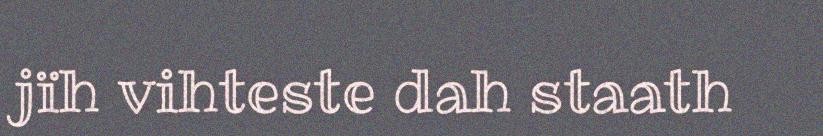
jïh vihteste dah staath